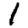
Digit: 1